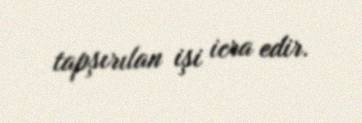
tapşırılan işi icra edir.